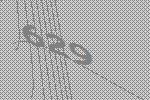
629